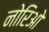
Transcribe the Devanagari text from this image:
नोरिओ